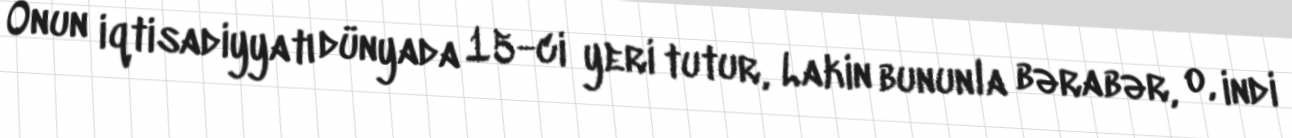
Onun iqtisadiyyatı dünyada 15-ci yeri tutur, Lakin bununla bərabər, o, indi